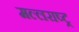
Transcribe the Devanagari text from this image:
मल्लराष्ट्र